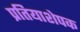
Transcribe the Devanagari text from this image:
प्रतियाशेपक